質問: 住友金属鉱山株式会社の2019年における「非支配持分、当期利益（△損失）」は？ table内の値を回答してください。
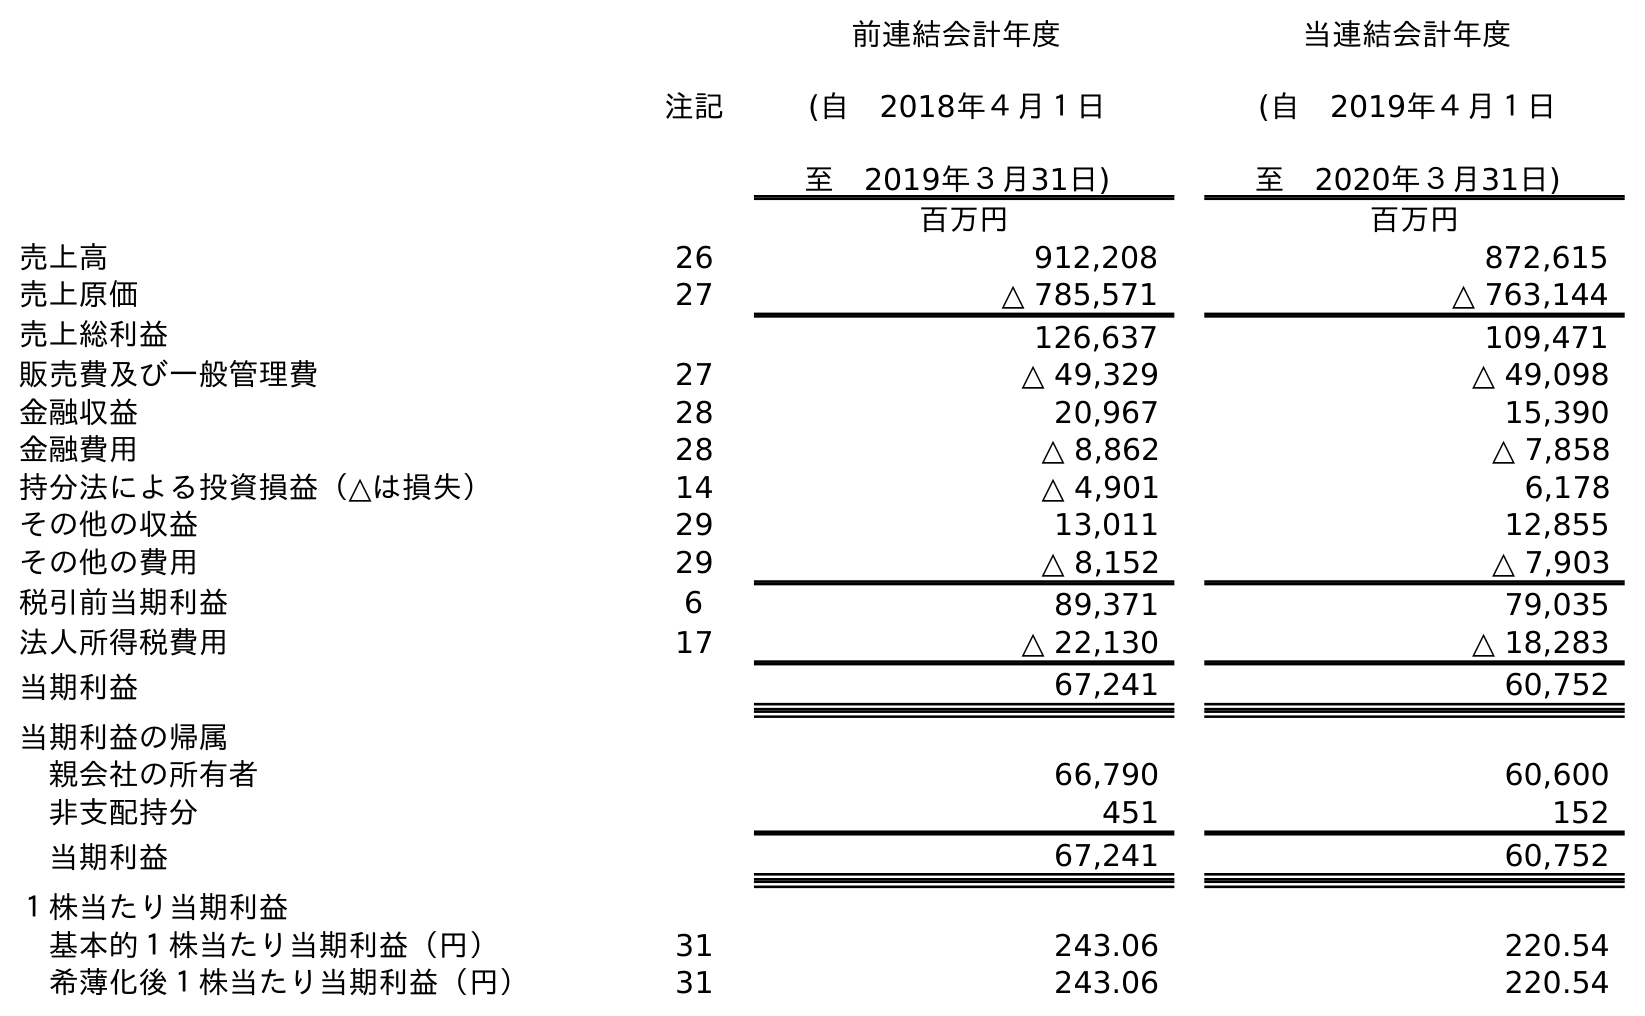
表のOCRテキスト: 注記 前連結会計年度 (自 2018年４月１日 至 2019年３月31日) 当連結会計年度 (自 2019年４月１日 至 2020年３月31日) 百万円 百万円 売上高 26 912,208 872,615 売上原価 27 △ 785,571 △ 763,144 売上総利益 126,637 109,471 販売費及び一般管理費 27 △ 49,329 △ 49,098 金融収益 28 20,967 15,390 金融費用 28 △ 8,862 △ 7,858 持分法による投資損益（△は損失） 14 △ 4,901 6,178 その他の収益 29 13,011 12,855 その他の費用 29 △ 8,152 △ 7,903 税引前当期利益 6 89,371 79,035 法人所得税費用 17 △ 22,130 △ 18,283 当期利益 67,241 60,752 当期利益の帰属 親会社の所有者 66,790 60,600 非支配持分 451 152 当期利益 67,241 60,752 １株当たり当期利益 基本的１株当たり当期利益（円） 31 243.06 220.54 希薄化後１株当たり当期利益（円） 31 243.06 220.54
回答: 451